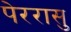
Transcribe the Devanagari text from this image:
पेररासु